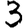
Digit: 3